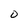
Character: 0